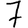
Digit: 7